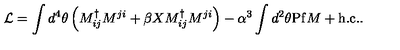
{ \cal L } = \int d ^ { 4 } \theta \left( M _ { i j } ^ { \dag } M ^ { j i } + \beta X M _ { i j } ^ { \dag } M ^ { j i } \right) - \alpha ^ { 3 } \int d ^ { 2 } \theta \mathrm { P f } M + \mathrm { h . c . } .